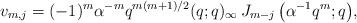
LaTeX: \begin{align*} v_{m,j}=(-1)^{m}\alpha^{-m}q^{m(m+1)/2}(q;q)_{\infty}\,J_{m-j}\left(\alpha^{-1}q^{m};q\right)\!, \end{align*}